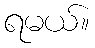
ရမယ်။